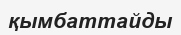
қымбаттайды